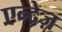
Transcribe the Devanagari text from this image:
एन्द्रेज़